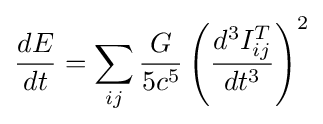
{\frac {dE}{dt}}=\sum _{ij}{\frac {G}{5c^{5}}}\left({\frac {d^{3}I_{ij}^{T}}{dt^{3}}}\right)^{2}